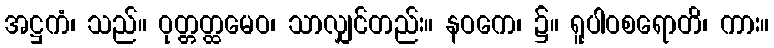
အဋ္ဌကံ၊ သည်။ ဝုတ္တတ္ထမေဝ၊ သာလျှင်တည်း။ နဝကေ၊ ၌။ ရူပါဝစရောတိ၊ ကား။